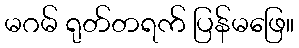
မဂမ် ရုတ်တရက် ပြန်မဖြေ။